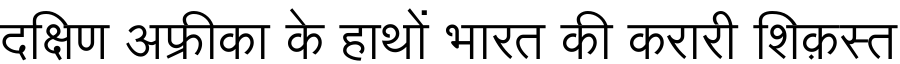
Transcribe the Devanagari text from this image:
दक्षिण अफ्रीका के हाथों भारत की करारी शिक़स्त